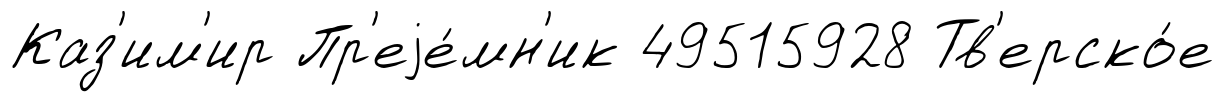
Каз'им'ир Пр'еjе́мн'ик 49515928 Тв'ерско́е